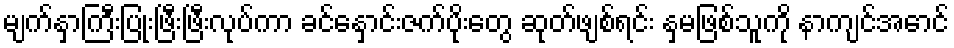
မျက်နှာကြီးပြုံးဖြီးဖြီးလုပ်ကာ ခင်နှောင်းဇက်ပိုးတွေ ဆုတ်ဖျစ်ရင်း နှမဖြစ်သူကို နာကျင်အောင်